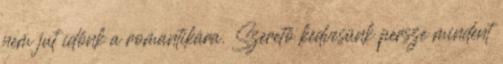
nem jut időnk a romantikára. Szerető kedvesünk persze mindent